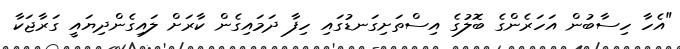
"އެހާ ހިސާބުން އަހަރެންގެ ބޮލުގެ އިސްތަށިގަނޑުގައި ހިފާ ދަމައިގެން ކާރަށް ލައިގެންދިޔައީ ގަރާޖަކާ